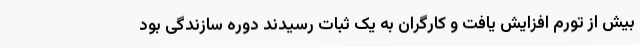
بیش از تورم افزایش یافت و کارگران به یک ثبات رسیدند دوره سازندگی بود